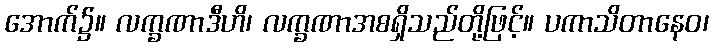
အောက်၌။ လက္ခဏာဒီဟိ၊ လက္ခဏာအစရှိသည်တို့ဖြင့်။ ပကာသိတာနေဝ၊